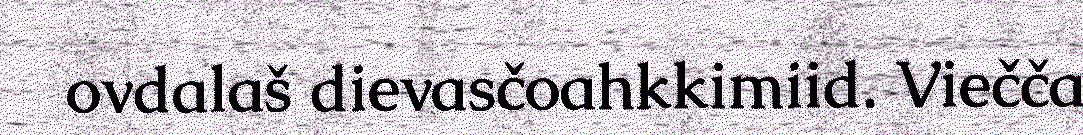
ovdalaš dievasčoahkkimiid. Viečča